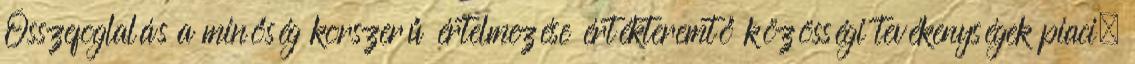
Összefoglalás a minőség korszerű értelmezése értékteremtő közösségi tevékenységek piaci,